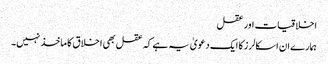
اخلاقیات اور عقل
ہمارے ان اسکالرز کا ایک دعویٰ یہ ہے کہ عقل بھی اخلاق کا ماخذ نہیں۔